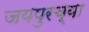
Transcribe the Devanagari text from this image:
जयपुरच्या